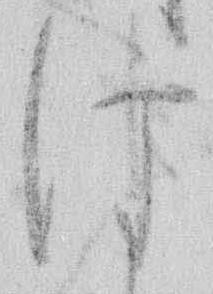
は